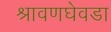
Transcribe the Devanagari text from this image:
श्रावणघेवडा